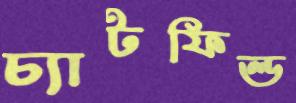
চ্যাটফিল্ড